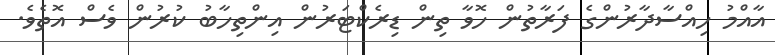
އާއްމު ހިއްސާދާރުންގެ ފަރާތުން ހޮވާ ތިން ޑިރެކްޓަރުން އިންތިހާބު ކުރުން ވެސް އޮތެވެ.